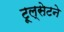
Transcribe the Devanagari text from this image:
टूल्सेटने